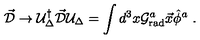
\vec { \cal D } \to { \cal U } _ { \Delta } ^ { \dagger } \vec { \cal D } { \cal U } _ { \Delta } = \int d ^ { 3 } x { \cal G } _ { \mathrm { r a d } } ^ { a } \vec { x } \hat { \phi } ^ { a } \ .